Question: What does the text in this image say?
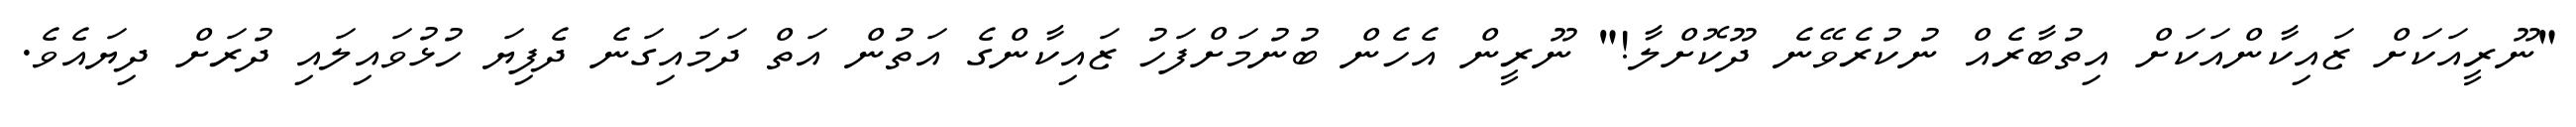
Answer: "ނޫރީއަކަށް ޒައިކާންއަކަށް އިތުބާރެއް ނުކުރެވޭނެ ދޫކޮށްލާ!" ނޫރީން އެހެން ބުނުމަށްފަހު ޒައިކާންގެ އަތުން އަތް ދަމައިގަނެ ދެފިޔަ ހުޅުވައިލައި ދުރަށް ދިޔައެވެ.